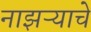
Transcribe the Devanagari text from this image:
नाझऱ्याचे